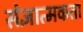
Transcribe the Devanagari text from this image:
संज्ञात्मकता